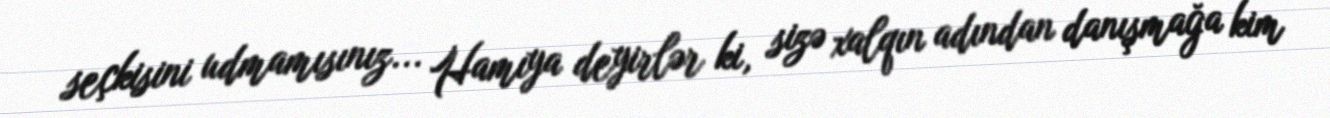
seçkisini udmamısınız... Hamıya deyirlər ki, sizə xalqın adından danışmağa kim